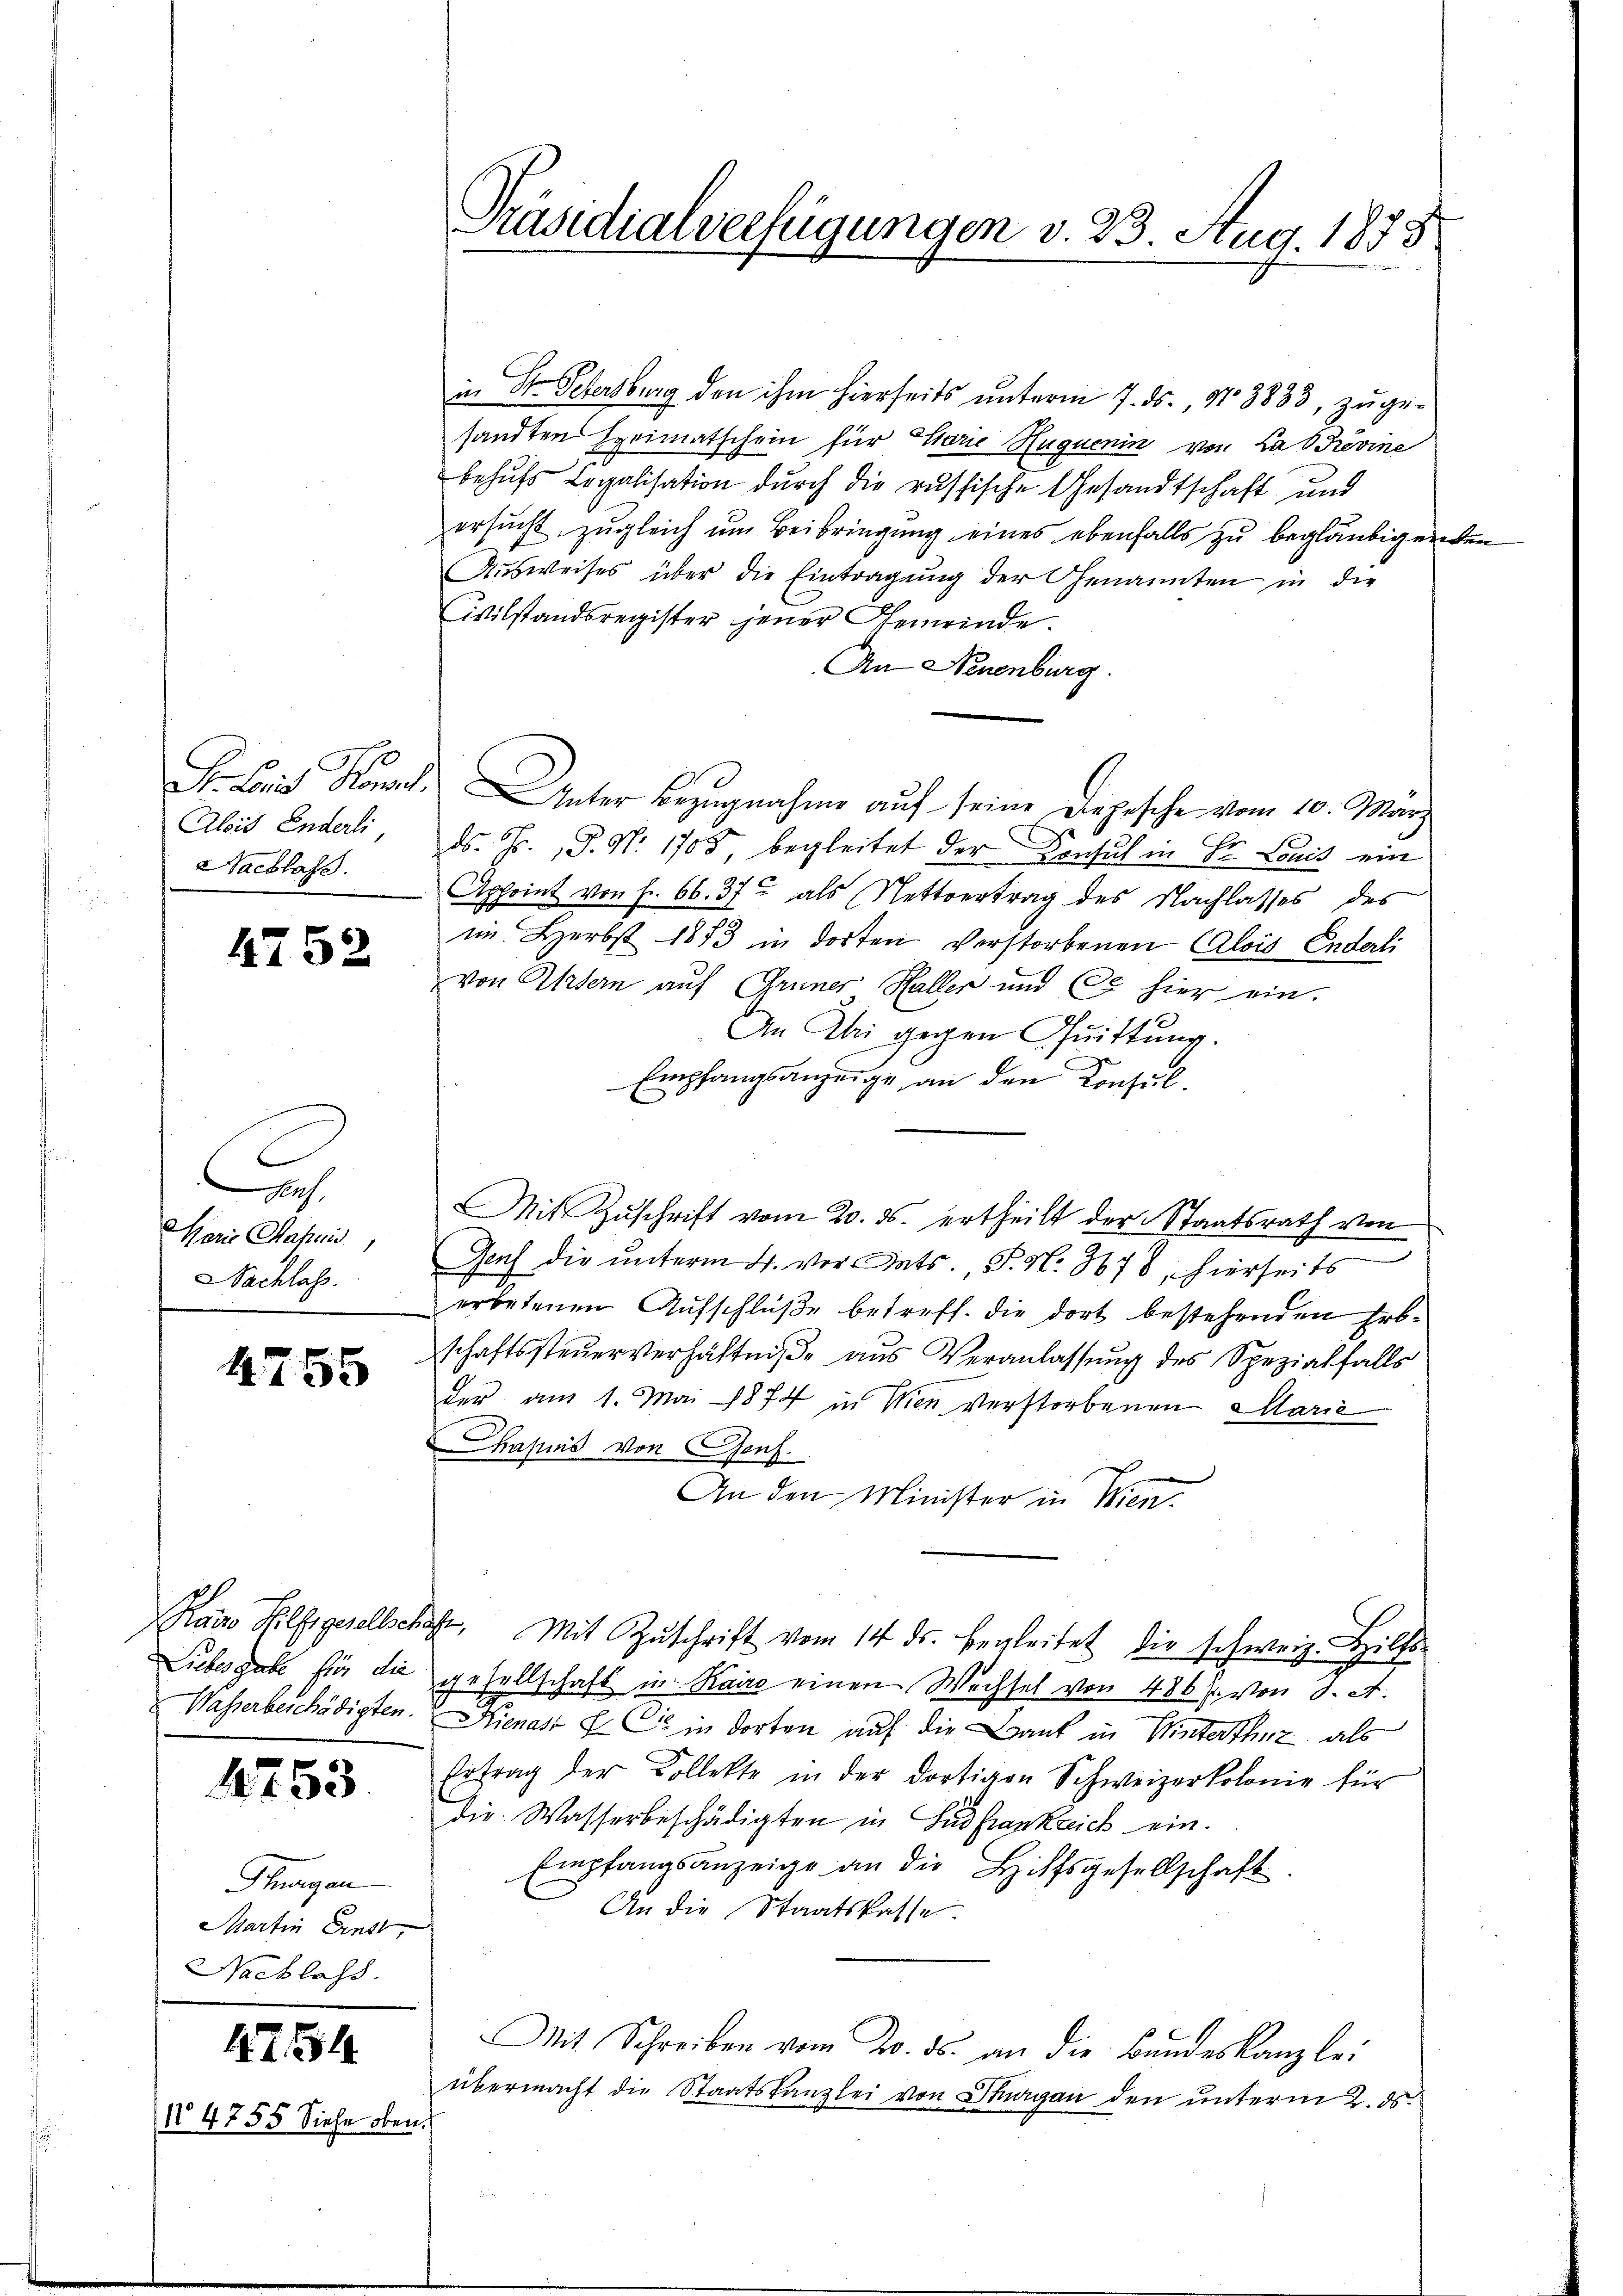
Abis Enderli,
Nachlass

uf,
Marie Chafuis
Nachlass.

4752

4755

1753

Thurgan
Martin Ernst,
Nachlass

4754.
N 4755 Siehe oben.

Präsidialverfügungen v. 23. Aug. 1858

in Dr. Petersburg den ihm hierseits unterm 7. ds., Nr. 3833, zugesandten Heimatschein für Charie Huquenin von Lad Provine
behufs Legalisation durch die russische Gesandtschaft und
ersucht zugleich um Beibringung eines ebenfalls zu begläubigenden
Ausweises über die Eintragung der Genannten in die
Wilstandsregister jener Gemeinde.
An Neuenburg.
Lois Konst. Unter Bezugnahme auf seine Depesche vom 10. März
ds. Hr. P. Nr. 1708, begleitet der Konsuch in Fr. Louis ein
Appoint von f. 66. 37 als Nettvertrag des Nachlasses des
in. Herbst 1873 in dorten Verstorbenen Alois Enderli
von Altern auf Gruner Haller und (d. hier ein.
An Ali gegen Quittung.
Empfangsanzeige, an den Konsul¬
Mit Zuschrift vom 20. ds. ertheilt der Staatsrath von
Genf die ŭnterm 4. vor Tats., P. N. 8678, hierseits
erbetenen Aufschlüße betreff. die dort bestehenden Erbschaftssteŭerverhältnisse aus Veranlassung des Spezialfalls
der am 1. Mai 1874 in Wien verstorbenen Marie
ahnis von Genf.
An den Minister in Wien.
Raio Hilfsgesellschaft. Mit Zŭschrift vom 14. ds. begleitet die schweiz. Hilfs-
Liebesgabe für die gesellschaft in Kairo einen Wechsel von 486 f. von 8. A.
Wasserbeschädigten. Kienast & Cie in dorten auf die Braut in Winterthur, als
Ertrag der Kollekte in der dortigen Schweizerkolonie für
die Wasserbeschädigten in Gudfrankreich ein.
Empfangsanzeige an die Hilfsgesellschaft
An die Staatskasse.
Mit Schreiben vom 20. ds. an die Bŭndeskanzlei
übermacht die Staatskanzlei von Stagan den unterm 2. ds.